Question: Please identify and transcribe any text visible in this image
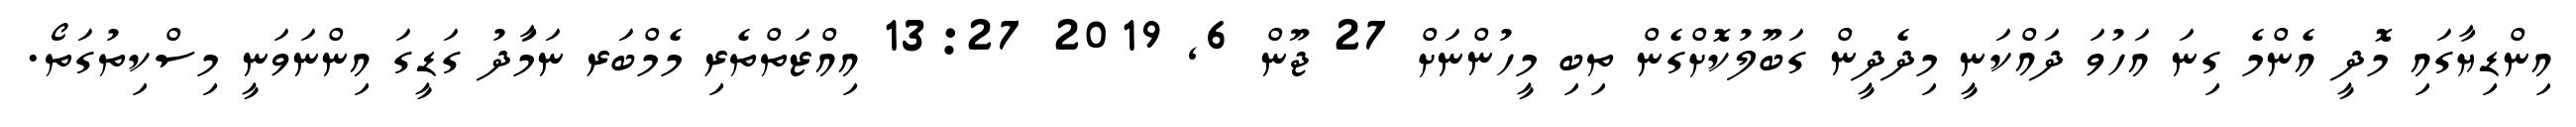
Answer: އިންޑިޔާގައި މޮދީ އެންމެ ގިނަ އަހުވަ ދައްކަނީ މިދެދީން ގަބޫލުކޮށްގެން ތިބި މީހުންނަށް 27 ޖޫން 6, 2019 13:27 އިއްޒަތްތެރި މެމްބަރ ނަމަާދު ގަޑީގަ އިންނަވަނީ މިސްކިތުގަތޯ.